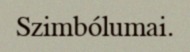
Szimbólumai.